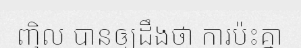
ញិល បានឲ្យដឹងថា ការប៉ះគ្នា